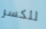
للكسر